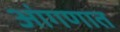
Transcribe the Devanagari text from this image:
आंगणात